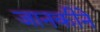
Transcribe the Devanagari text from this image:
जानकीने